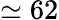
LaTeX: \simeq 62